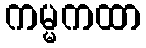
ကမ္မကထာ